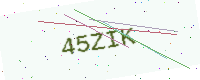
Text: 45ZIK